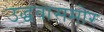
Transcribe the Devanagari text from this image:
उद्धवासमोर